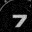
Digit: 7